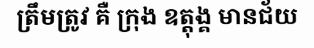
ត្រឹមត្រូវ គឺ ក្រុង ឧត្តុង្គ មានជ័យ